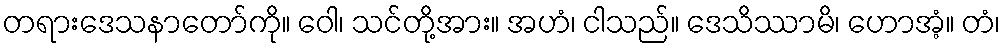
တရားဒေသနာတော်ကို။ ဝေါ၊ သင်တို့အား။ အဟံ၊ ငါသည်။ ဒေသိဿာမိ၊ ဟောအံ့။ တံ၊